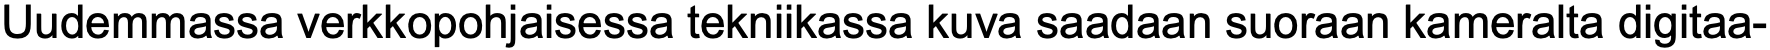
Uudemmassa verkkopohjaisessa tekniikassa kuva saadaan suoraan kameralta digitaa-